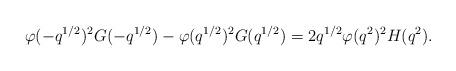
LaTeX: \begin{align*} \varphi(-q^{1/2})^2G(-q^{1/2})-\varphi(q^{1/2})^2G(q^{1/2}) = 2q^{1/2}\varphi(q^2)^2H(q^2).\end{align*}